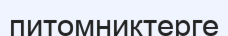
питомниктерге